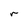
Character: r